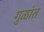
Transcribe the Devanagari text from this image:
गुळांत